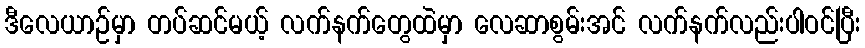
ဒီလေယာဉ်မှာ တပ်ဆင်မယ့် လက်နက်တွေထဲမှာ လေဆာစွမ်းအင် လက်နက်လည်းပါဝင်ပြီး